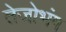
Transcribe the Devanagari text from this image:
तेजोभंग